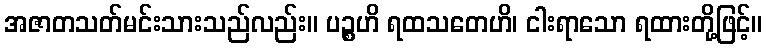
အဇာတသတ်မင်းသားသည်လည်း။ ပဉ္စဟိ ရထသတေဟိ၊ ငါးရာသော ရထားတို့ဖြင့်။